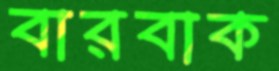
বারবাক